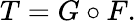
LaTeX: T=G\circ F.